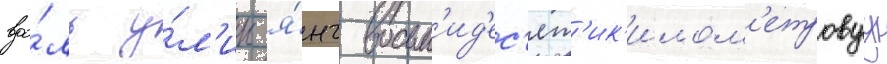
вдо́ль у́л'ицы я́нг восьм'ид'ес'ят'ик'илом'етровуу